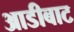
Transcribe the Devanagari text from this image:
आडीबाट